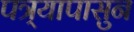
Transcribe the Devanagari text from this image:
पत्र्यापासुन